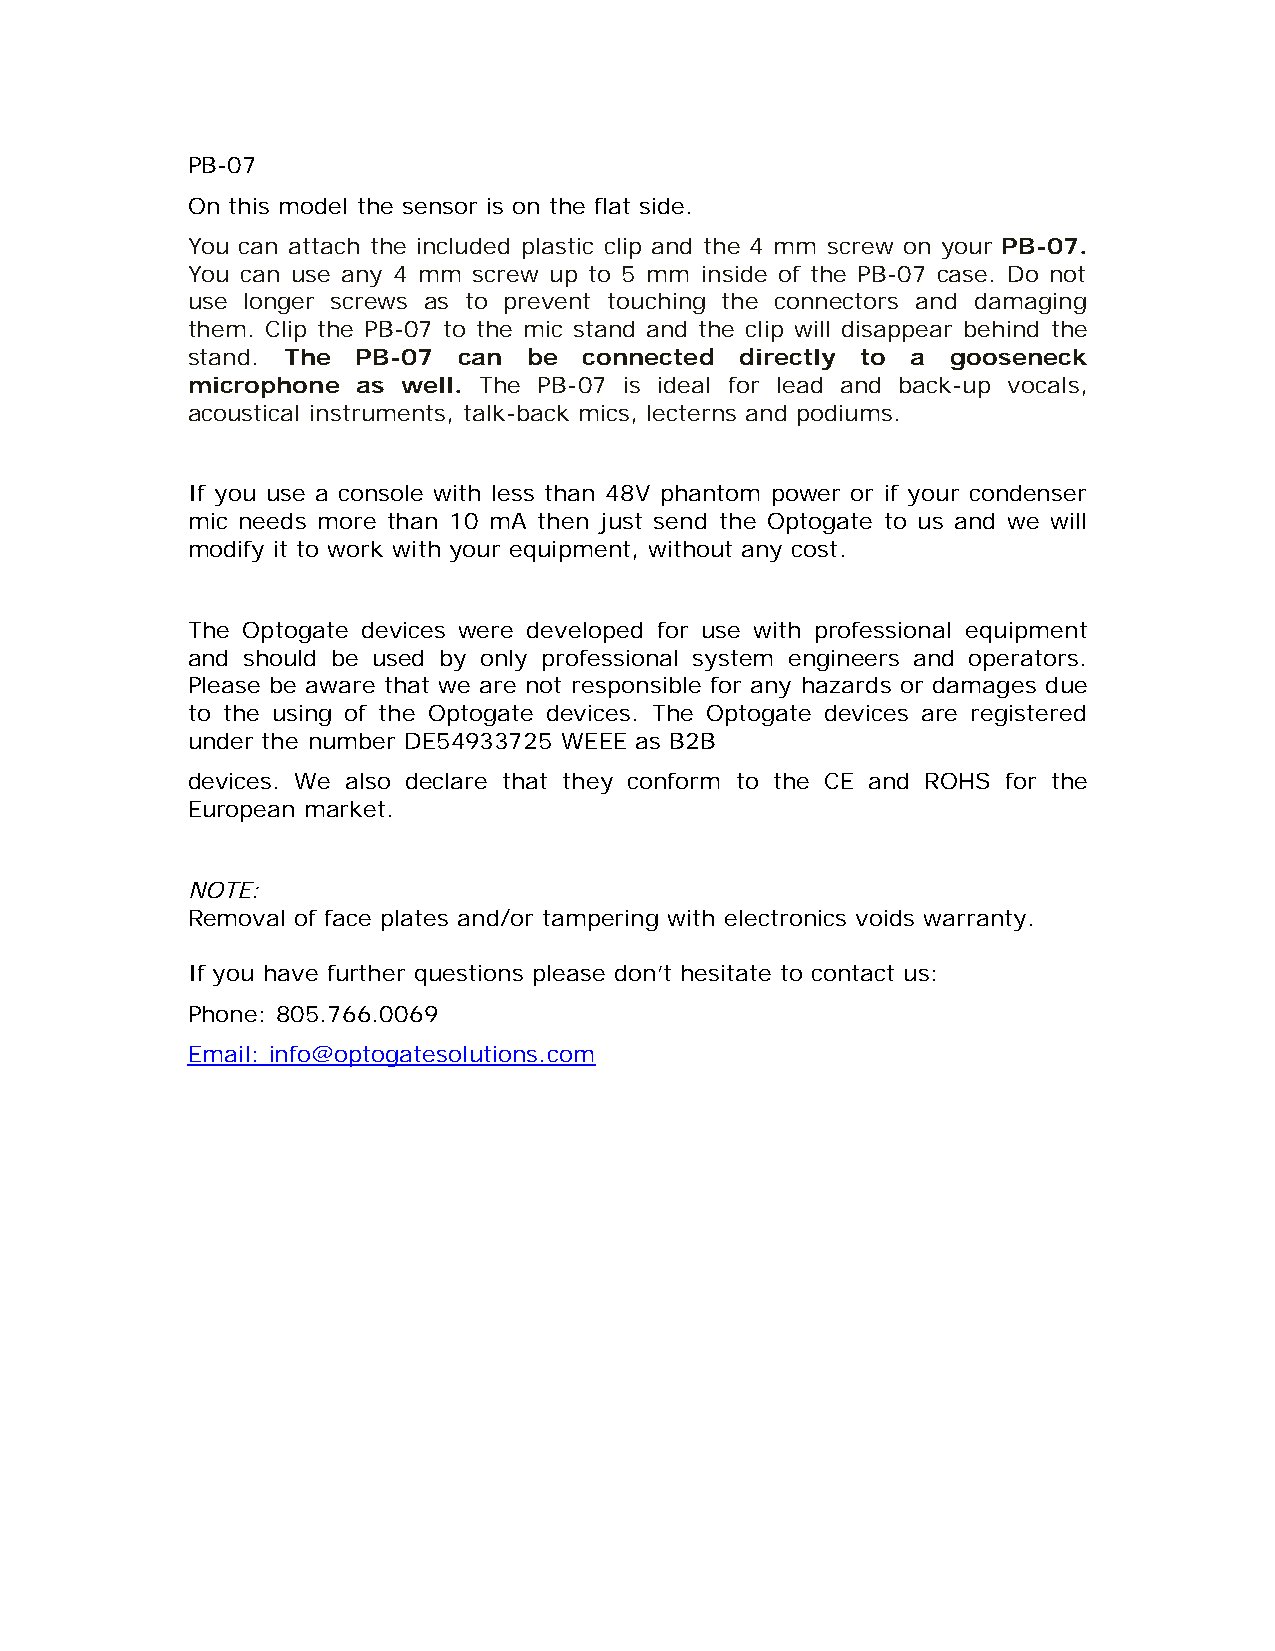
PB-07
 On this model the sensor is on the flat side.
 You can attach the included plastic clip and the 4 mm screw on your PB-07.
 You can use any 4 mm screw up to 5 mm inside of the PB-07 case. Do not
 use longer screws as to prevent touching the connectors and damaging
 them. Clip the PB-07 to the mic stand and the clip will disappear behind the
 stand. The  PB-07 can  be  connected directly to a gooseneck
 microphone  as well. The PB-07 is ideal for lead and back-up vocals,
 acoustical instruments, talk-back mics, lecterns and podiums.
 If you use a console with less than 48V phantom power or if your condenser
 mic needs more than 10 mA then just send the Optogate to us and we will
 modify it to work with your equipment, without any cost.
 The Optogate devices were developed for use with professional equipment
 and should be used by only professional system engineers and operators.
 Please be aware that we are not responsible for any hazards or damages due
 to the using of the Optogate devices. The Optogate devices are registered
 under the number DE54933725 WEEE as B2B
 devices. We also declare that they conform to the CE and ROHS for the
 European market.
 NOTE:
 Removal of face plates and/or tampering with electronics voids warranty.
 If you have further questions please don’t hesitate to contact us:
 Phone: 805.766.0069
 Email: info@optogatesolutions.com